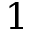
1